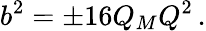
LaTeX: b^{2}=\pm 16Q_{M}Q^{2}\, .